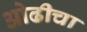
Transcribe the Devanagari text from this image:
ओढीचा